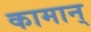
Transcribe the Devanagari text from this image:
कामान्